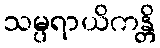
သမ္ပရာယိကန္တိ